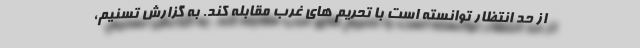
از حد انتظار توانسته است با تحریم های غرب مقابله کند. به گزارش تسنیم،